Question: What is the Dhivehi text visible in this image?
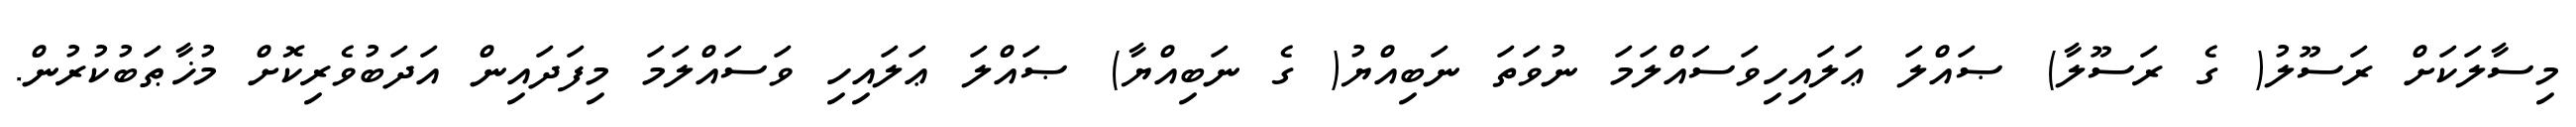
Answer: މިސާލަކަށް ރަސޫލު( ގެ ރަސޫލާ) ޞައްލަ ޢަލައިހިވަސައްލަމަ ނުވަތަ ނަބިއްޔު( ގެ ނަބިއްޔާ) ޞައްލަ ޢަލައިހި ވަސައްލަމަ މިފަދައިން އަދަބުވެރިކޮށް މުޚާޠަބުކުރުން.